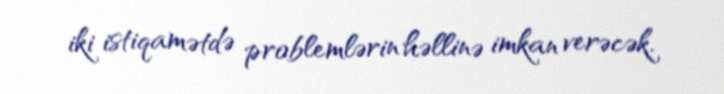
iki istiqamətdə problemlərin həllinə imkan verəcək.